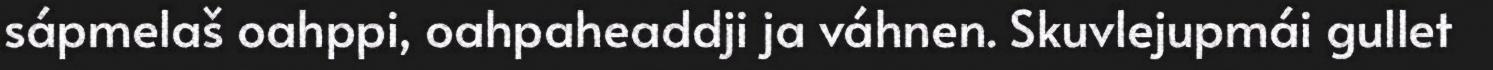
sápmelaš oahppi, oahpaheaddji ja váhnen. Skuvlejupmái gullet